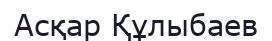
Асқар Құлыбаев